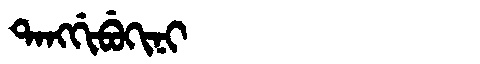
Manchu: ᡨᠠᠩᡤᡳᠪᡠᡴᡳᠨᡳ
Romanization: TANGGIBUKINI